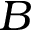
B